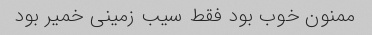
ممنون خوب بود فقط سیب زمینی خمیر بود